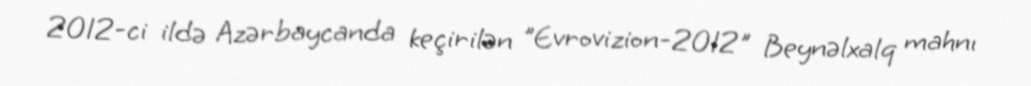
2012-ci ildə Azərbaycanda keçirilən "Evrovizion-2012" Beynəlxalq mahnı